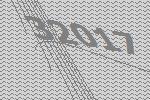
32017